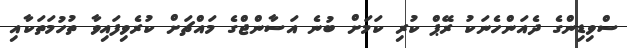
ސްވިޑިންގެ ދެއަންހެނަކު ރޭޕް ކުރި ކަމަށް ބުނެ އަސާންޖްގެ މައްޗަށް ކުރެވިފައިވާ ތުހުމަތަކާއި